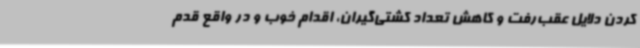
کردن دلایل عقب‌رفت و کاهش تعداد کشتی‌گیران، اقدام خوب و در واقع قدم